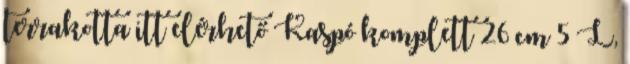
terrakotta itt elérhető Kaspó komplett 26 cm 5 L,